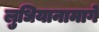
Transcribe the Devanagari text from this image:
लुधियानामार्गे